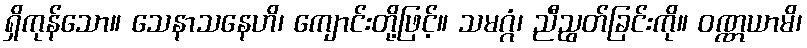
ရှိကုန်သော။ သေနာသနေဟိ၊ ကျောင်းတို့ဖြင့်။ သမဂ္ဂံ၊ ညီညွတ်ခြင်းကို။ ဝဏ္ဏယာမိ၊